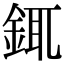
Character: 銸